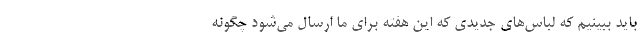
باید ببینیم که لباس‌های جدیدی که این هفته برای ما ارسال می‌شود چگونه